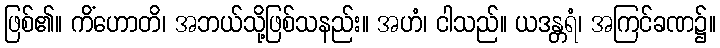
ဖြစ်၏။ ကိံဟောတိ၊ အဘယ်သို့ဖြစ်သနည်း။ အဟံ၊ ငါသည်။ ယဒန္တရံ၊ အကြင်ခဏ၌။